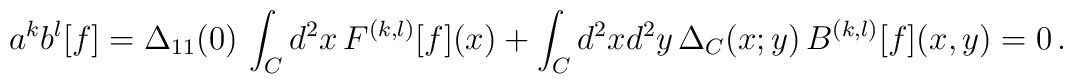
a^{k}b^{l}[f] = \Delta_{11}(0) \, \int_{C}d^{2}x\, F^{(k,l)}[f](x) +\int_{C}d^{2}x d^{2}y \, \Delta_{C}(x;y)\, B^{(k,l)}[f](x,y) =0\, .